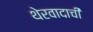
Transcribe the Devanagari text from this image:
थेरवादाची